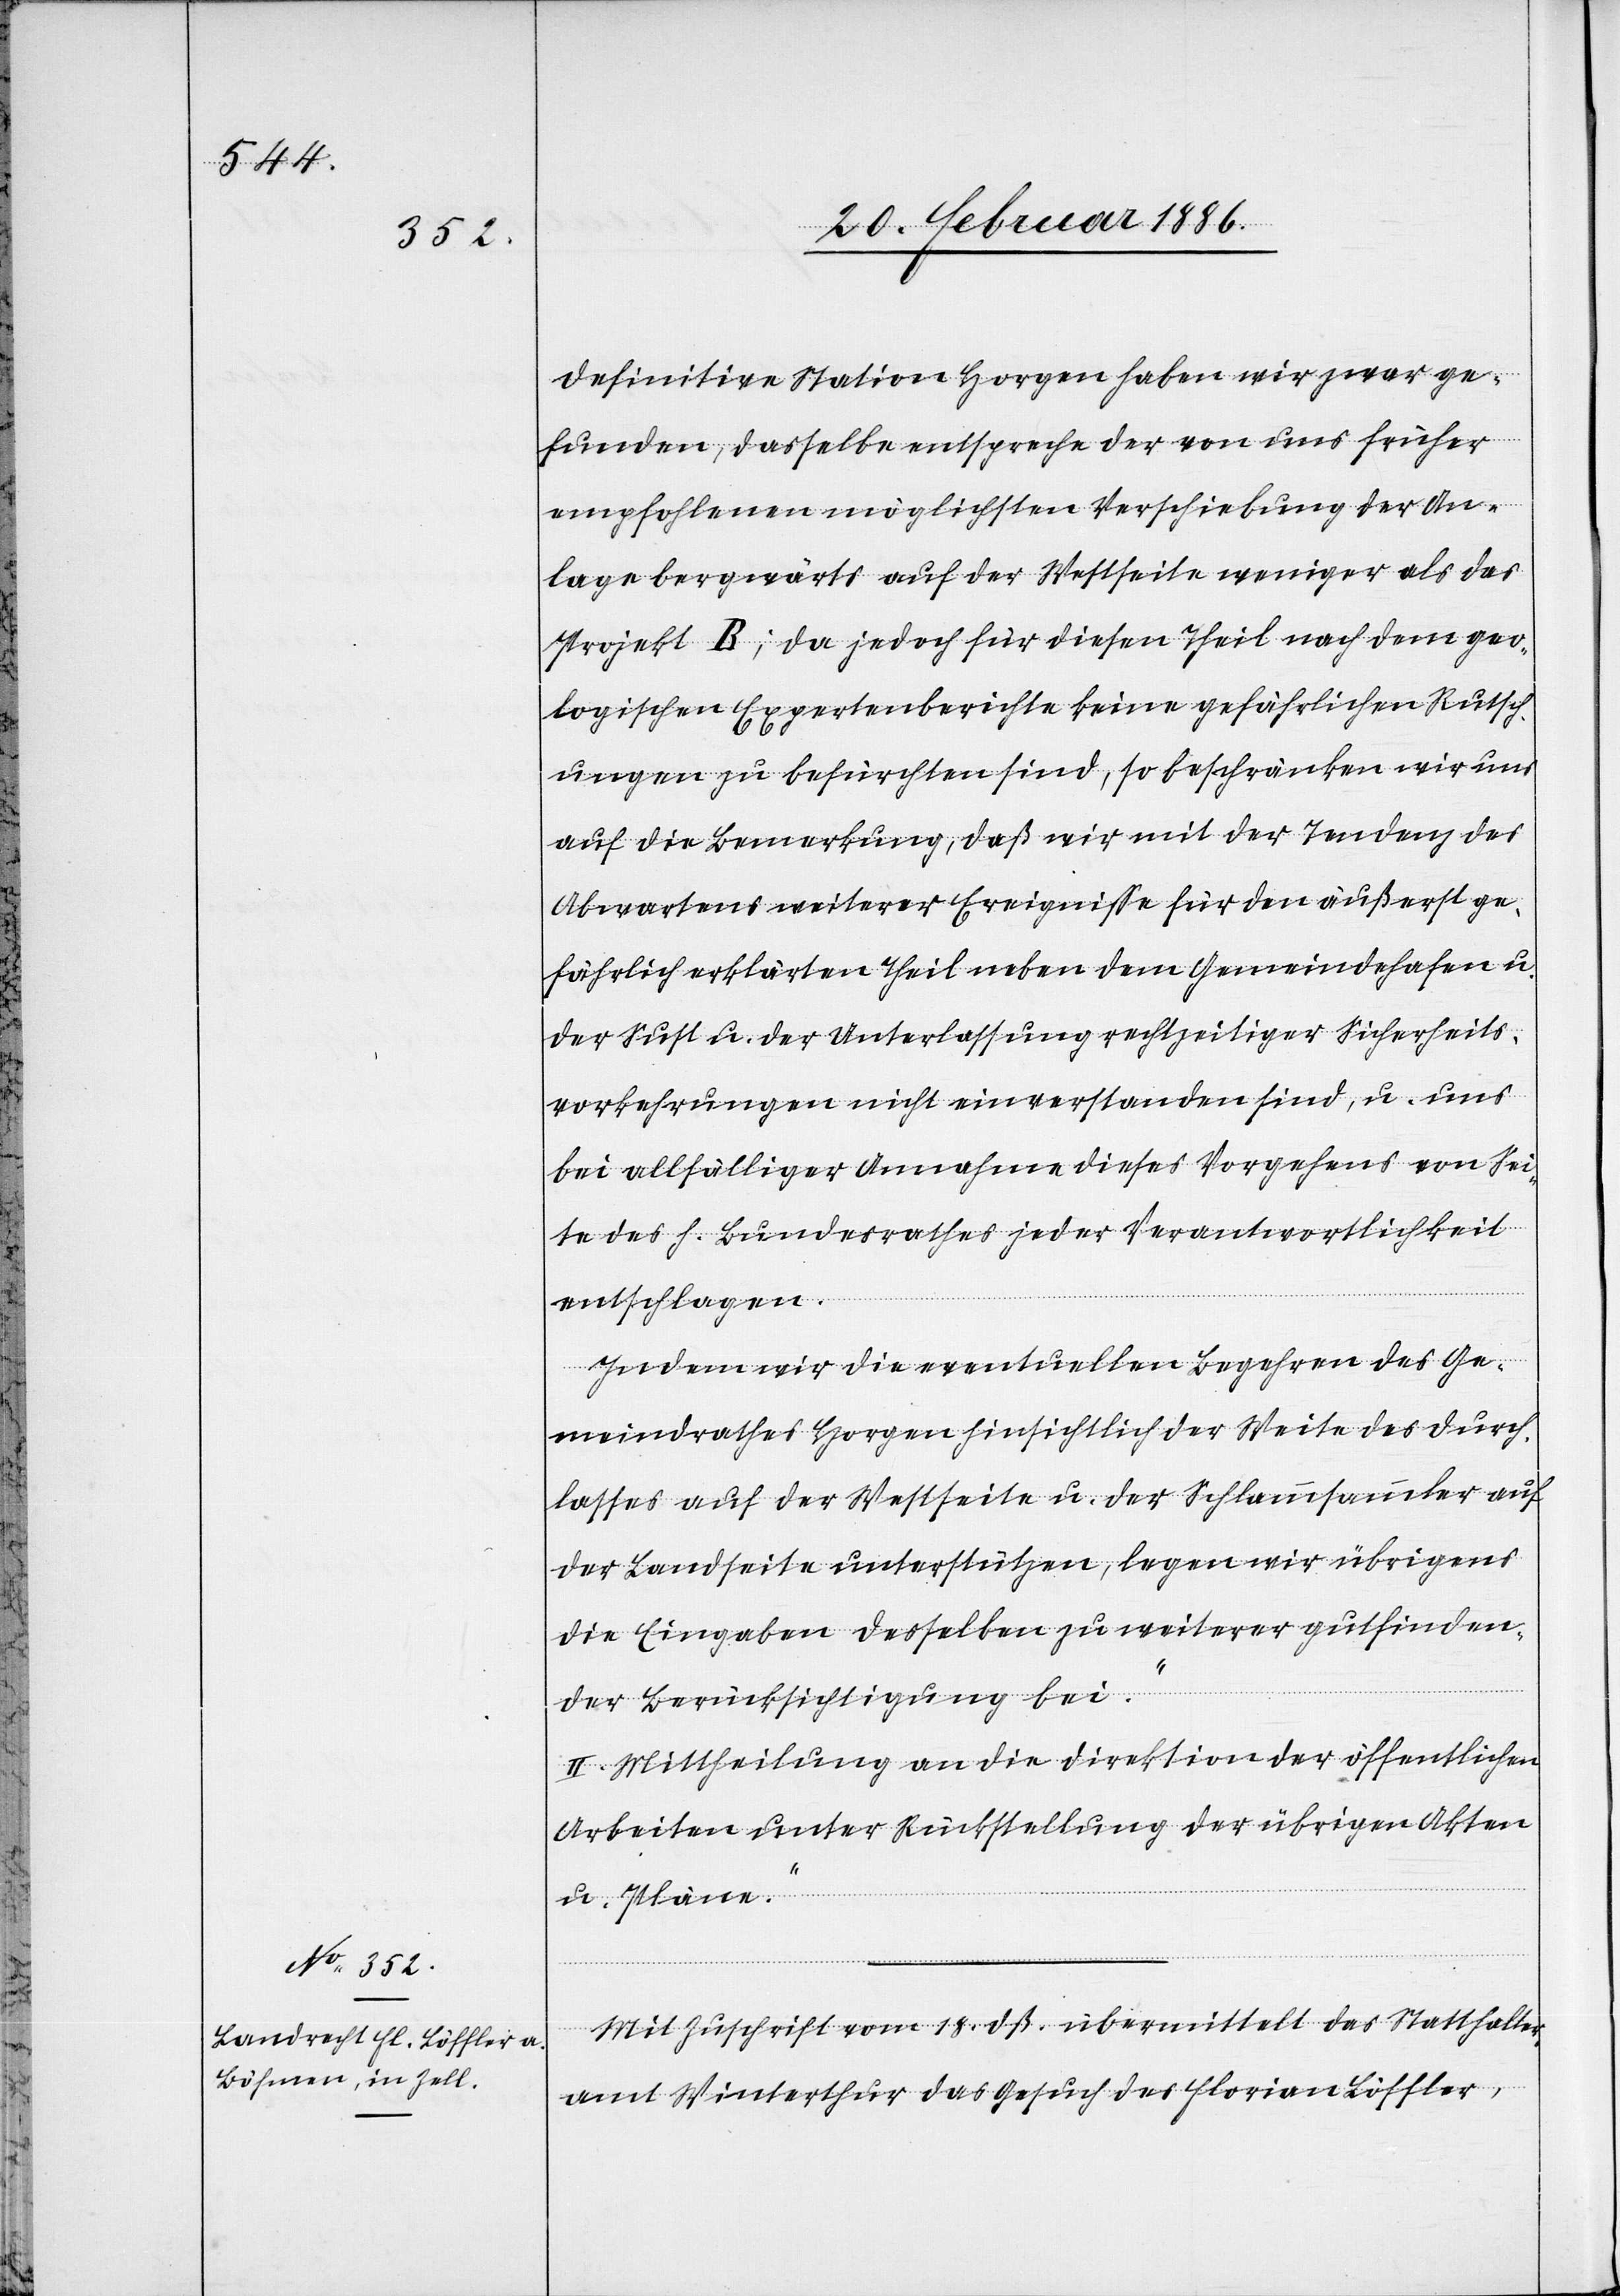
definitive Station Horgen haben wir zwar ge¬
funden, dasselbe entspreche der von uns früher
empfohlenen möglichsten Verschiebung der An¬
lage bergwärts auf der Westseite weniger als das
Projekt B; da jedoch für diesen Theil nach dem geo¬
logischen Expertenberichte keine gefährlichen Rutsch¬
ungen zu befürchten sind, so beschränken wir uns
auf die Bemerkung, daß wir mit der Tendenz des
Abwartens weiterer Ereignisse für den äußerst ge¬
fährlich erklärten Theil neben dem Gemeindehafen u.
der Sust u. der Unterlassung rechtzeitiger Sicherheits¬
vorkehrungen nicht einverstanden sind, u. uns
bei allfälliger Annahme dieses Vorgehens von Sei¬
te des h. Bundesrathes jeder Verantwortlichkeit
entschlagen.
Indem wir die eventuellen begehren des Ge¬
meindrathes Horgen hinsichtlich der Weite des Durch¬
lasses auf der Westseite u. der Schlammsammler au
der Landseite unterstützen, legen wir übrigens
die Eingaben desselben zu weiterer gutfinden¬
der Berücksichtigung bei.“
II. Mittheilung an die Direktion der öffentlichen
Arbeiten unter Rückstellung der übrigen Akten
u. Pläne.“
Mit Zuschrift vom 18. dß. übermittelt das Statthalter¬
amt Winterthur das Gesuch des Florian Löffler,